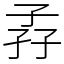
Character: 孨